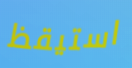
استيقظ